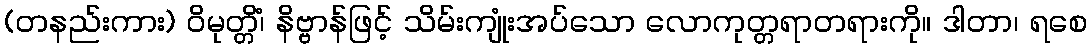
(တနည်းကား) ဝိမုတ္တိံ၊ နိဗ္ဗာန်ဖြင့် သိမ်းကျုံးအပ်သော လောကုတ္တရာတရားကို။ ဒါတာ၊ ရစေ